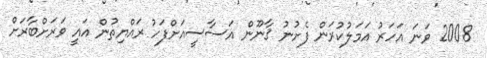
2008 ވަނަ އަހަރު އަމަލުކުރަން ފެށުނު ޤާނޫން އަސާސީއަށްފަހު ރައްޔިތުން އައީ ވަރަށްބާރަށް